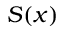
S ( x )